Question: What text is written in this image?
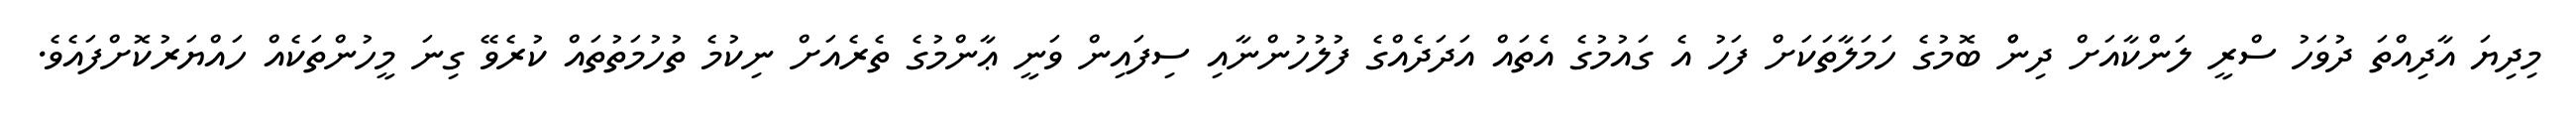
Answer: މިދިޔަ އާދިއްތަ ދުވަހު ސްރީ ލަންކާއަށް ދިންް ބޮމުގެ ހަމަލާތަކަށް ފަހު އެ ގައުމުގެ އެތައް އަދަދެއްގެ ފުލުހުންނާއި ސިފައިން ވަނީ ޢާންމުގެ ތެރެއަށް ނިކުމެ ތުހުމަތުތައް ކުރެވޭ ގިނަ މީހުންތަކެއް ހައްޔަރުކޮށްފައެވެ.